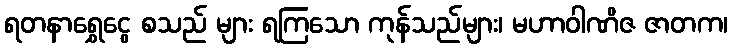
ရတနာရွှေငွေ စသည် များ ရကြသော ကုန်သည်များ၊ မဟာဝါဏိဇ ဇာတက၊